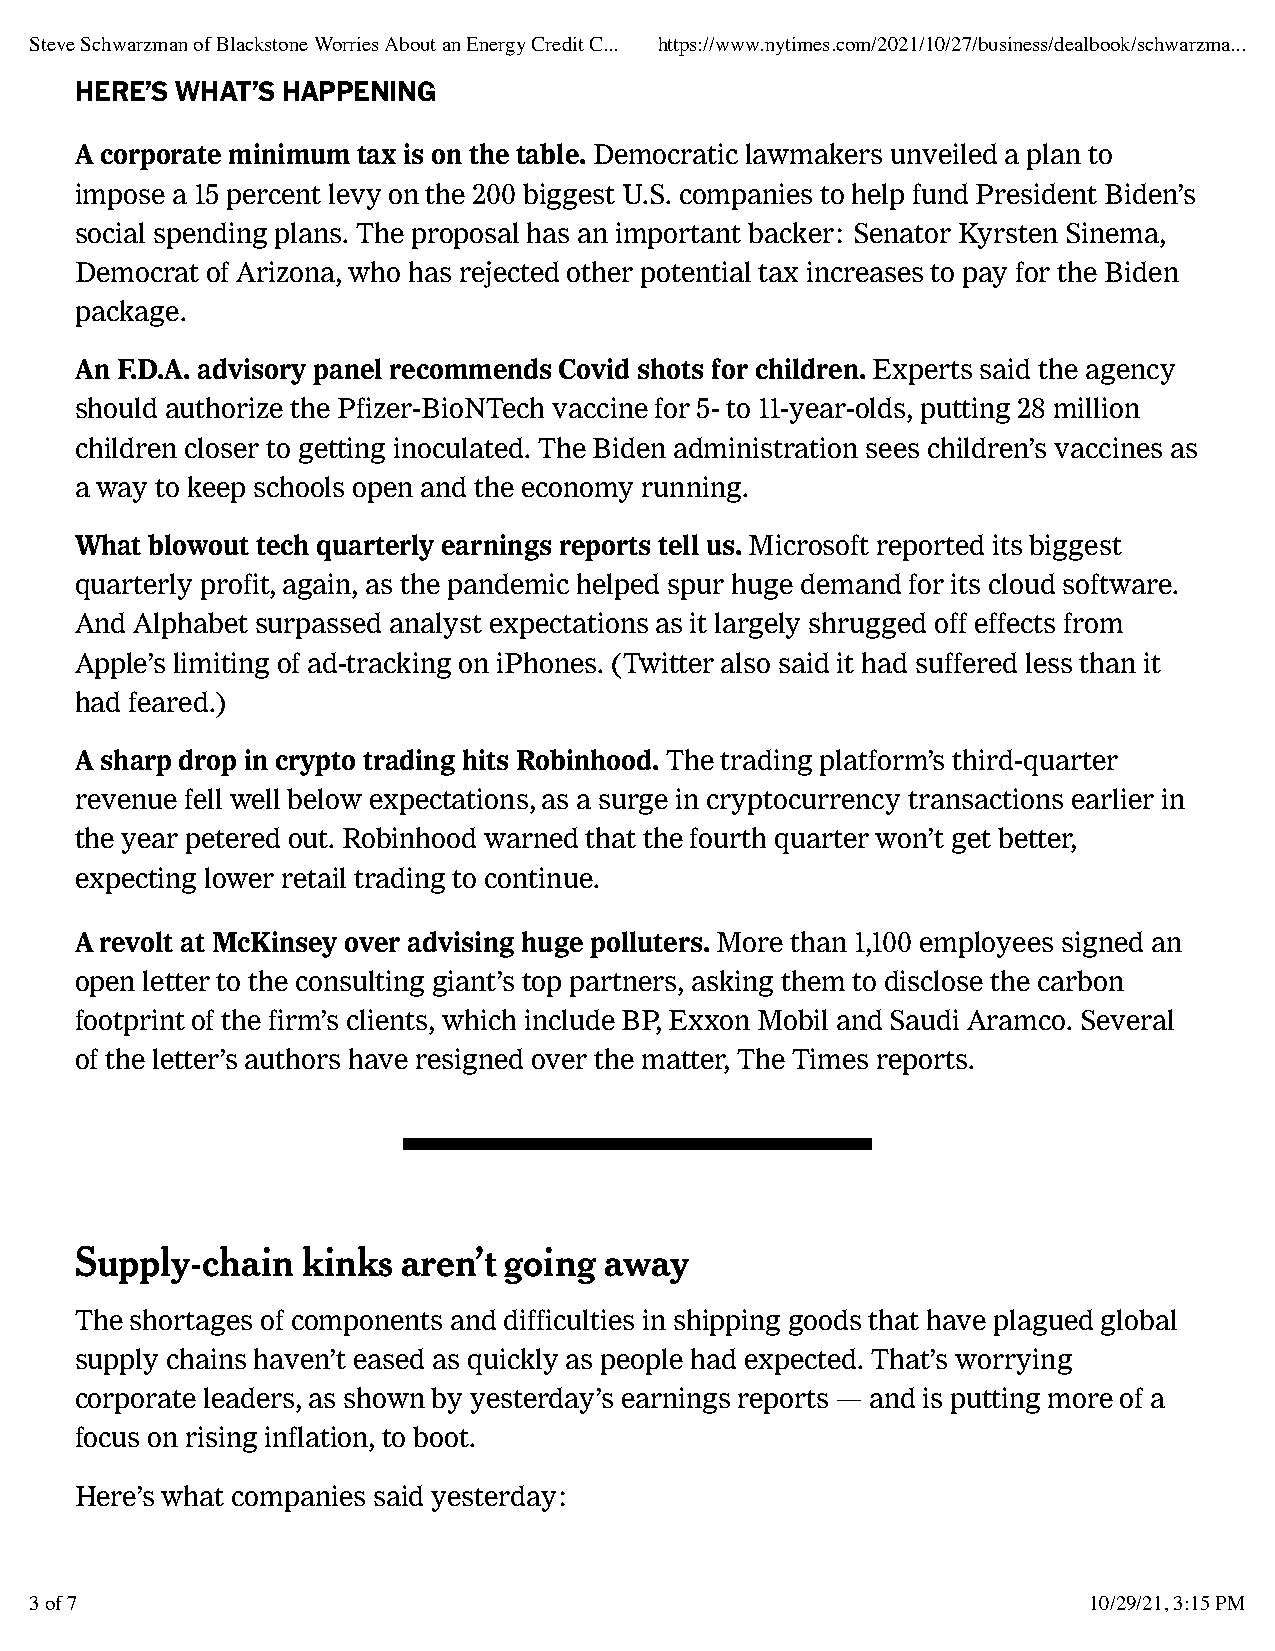
Steve Schwarzman of Blackstone Worries About an Energy Credit C... https://www.nytimes.com/2021/10/27/business/dealbook/schwarzma...
 HERE’S WHAT’S HAPPENING
 A corporate minimum tax is on the table. Democratic lawmakers unveiled a plan to
 impose a 15 percent levy on the 200 biggest U.S. companies to help fund President Biden’s
 social spending plans. The proposal has an important backer: Senator Kyrsten Sinema,
 Democrat of Arizona, who has rejected other potential tax increases to pay for the Biden
 package.
 An F.D.A. advisory panel recommends Covid shots for children. Experts said the agency
 should authorize the Pfizer-BioNTech vaccine for 5- to 11-year-olds, putting 28 million
 children closer to getting inoculated. The Biden administration sees children’s vaccines as
 a way to keep schools open and the economy running.
 What blowout tech quarterly earnings reports tell us. Microsoft reported its biggest
 quarterly profit, again, as the pandemic helped spur huge demand for its cloud software.
 And Alphabet surpassed analyst expectations as it largely shrugged off effects from
 Apple’s limiting of ad-tracking on iPhones. (Twitter also said it had suffered less than it
 had feared.)
 A sharp drop in crypto trading hits Robinhood. The trading platform’s third-quarter
 revenue fell well below expectations, as a surge in cryptocurrency transactions earlier in
 the year petered out. Robinhood warned that the fourth quarter won’t get better,
 expecting lower retail trading to continue.
 A revolt at McKinsey over advising huge polluters. More than 1,100 employees signed an
 open letter to the consulting giant’s top partners, asking them to disclose the carbon
 footprint of the firm’s clients, which include BP, Exxon Mobil and Saudi Aramco. Several
 of the letter’s authors have resigned over the matter, The Times reports.
 Supply-chain   kinks  aren’t going away
 The shortages of components and difficulties in shipping goods that have plagued global
 supply chains haven’t eased as quickly as people had expected. That’s worrying
 corporate leaders, as shown by yesterday’s earnings reports — and is putting more of a
 focus on rising inflation, to boot.
 Here’s what companies said yesterday:
 3 of 7                                                                10/29/21, 3:15 PM